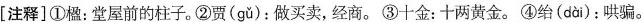
[注释]①楹：堂屋前的柱子。②贾( gu )：做买卖，经商。③十金：十两黄金。④绐( dai )：哄骗。